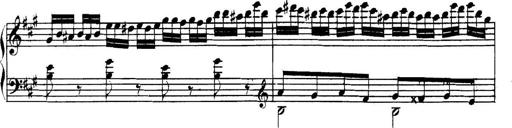
Title: Collected Piano Sonatas
Composer: Muzio Clementi